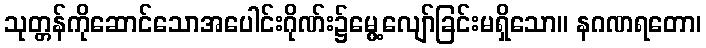
သုတ္တန်ကိုဆောင်သောအပေါင်းဂိုဏ်း၌မွေ့လျော်ခြင်းမရှိသော။ နဂဏရတော၊